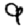
Digit: 9